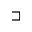
\sqsupset